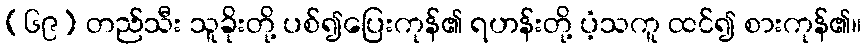
(၆၉) တည်သီး သူခိုးတို့ ပစ်၍ပြေးကုန်၏ ရဟန်းတို့ ပံ့သကူ ထင်၍ စားကုန်၏။